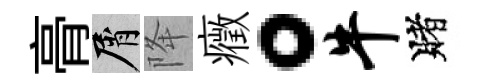
𮌔屑降癥。牛賭